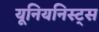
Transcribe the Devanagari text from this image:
यूनियनिस्ट्स